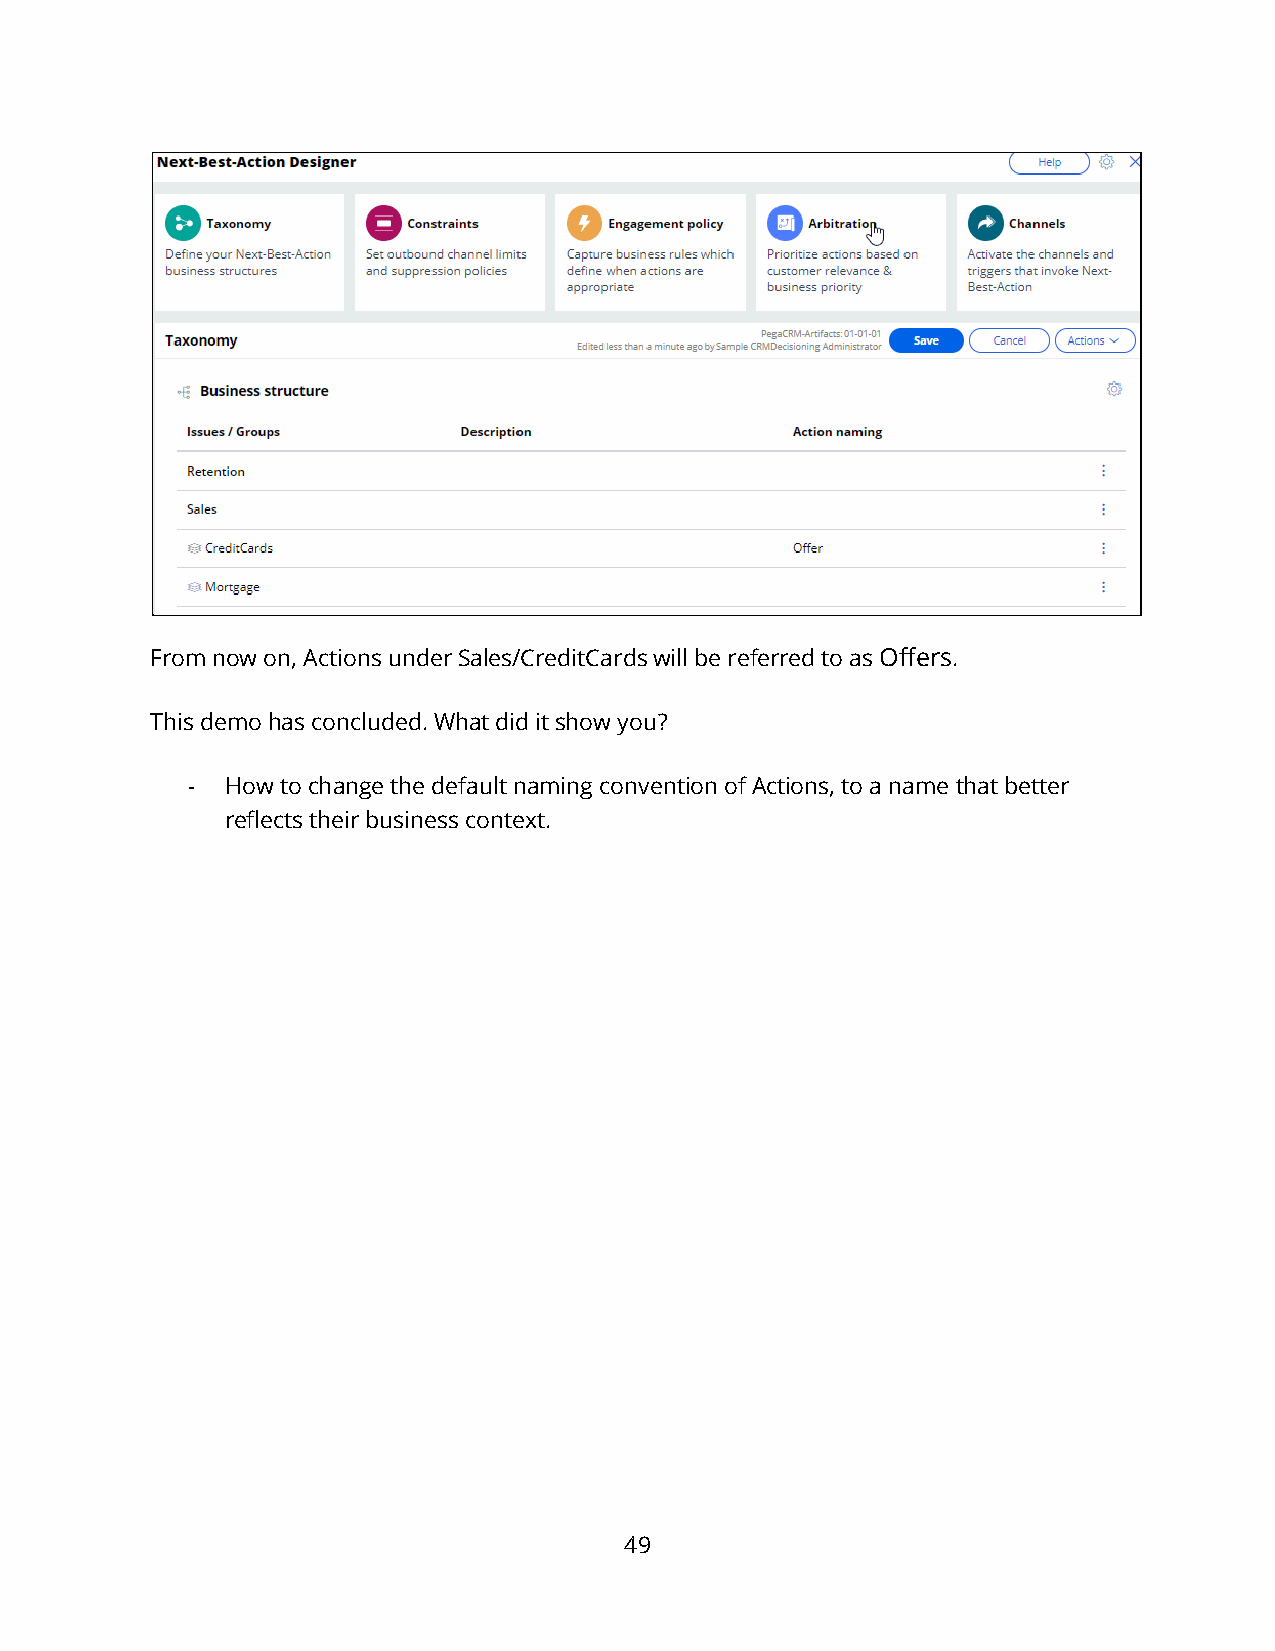
From now on, Actions under Sales/CreditCards will be referred to as Offers.
 This demo has concluded. What did it show you?
 -  How to change the default naming convention of Actions, to a name that better
 reflects their business context.
 49